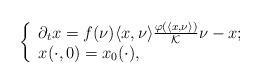
LaTeX: \begin{align*}\left\{ \begin{array}{ll} \partial_tx= f (\nu)\langle x,\nu\rangle\frac{\varphi(\langle x,\nu\rangle)}{\mathcal{K}}\nu- x; \\ x(\cdot,0)=x_0(\cdot), \end{array}\right.\end{align*}